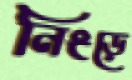
নিংড়ে